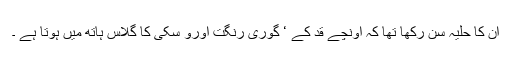
ان کا حلیہ سن رکھا تھا کہ اونچے قد کے ‘ گوری رنگت اورو سکی کا گلاس ہاتھ میں ہوتا ہے ۔